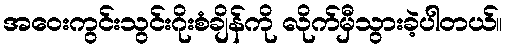
အဝေးကွင်းသွင်းဂိုးစံချိန်ကို လိုက်မှီသွားခဲ့ပါတယ်။